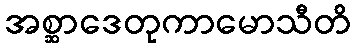
အစ္ဆာဒေတုကာမောသီတိ